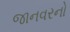
જાનવરનો